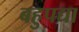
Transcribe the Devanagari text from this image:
बहुपद्या